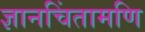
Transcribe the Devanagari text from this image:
ज्ञानचिंतामणि